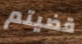
قضيتم